Annual report of the Punjab Veterinary College and of the Civil Veterinary Department, Punjab - 1909-1919
Year: 1909
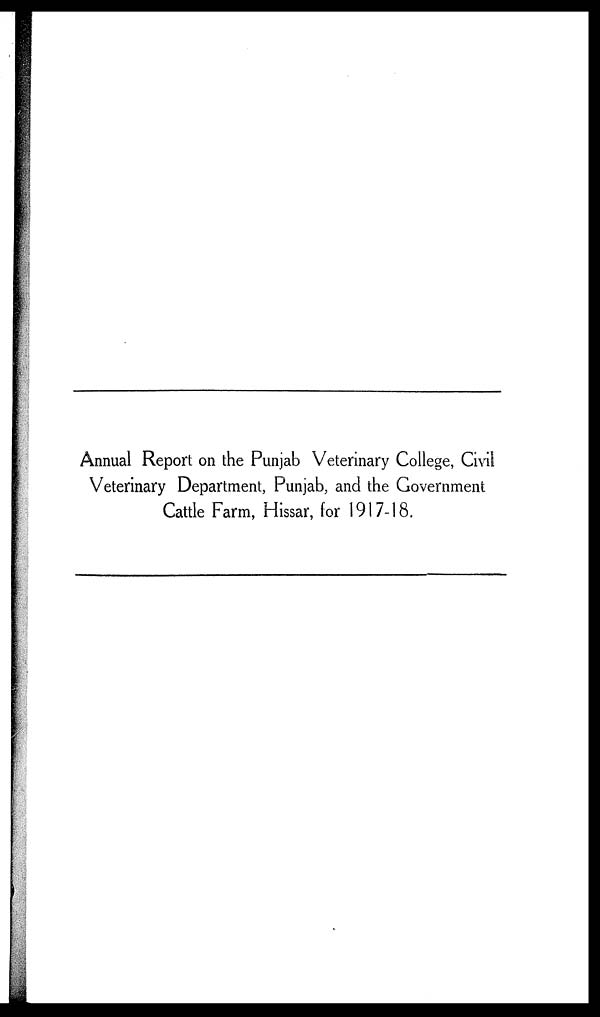
Annual Report on the Punjab Veterinary College, Civil
Veterinary Department, Punjab, and the Government
Cattle Farm, Hissar, for 1917-18.